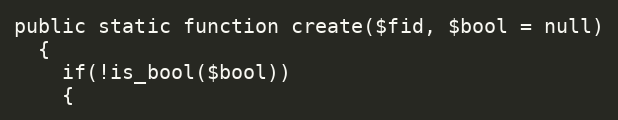
Language: PHP
public static function create($fid, $bool = null)
  {
    if(!is_bool($bool))
    {